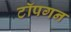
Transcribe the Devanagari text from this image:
टॉपगन